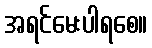
အရင်မေးပါရစေ။